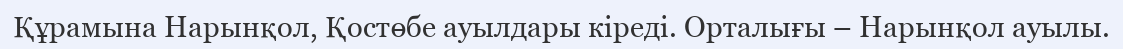
Құрамына Нарынқол, Қостөбе ауылдары кіреді. Орталығы – Нарынқол ауылы.